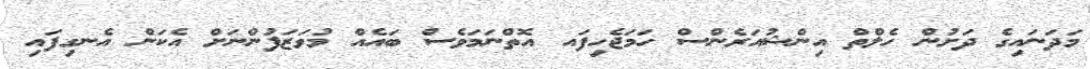
މަދަނައިގެ ދަށުން ހެލްތް އިންޝުއަރެންސް ހަމަޖެހިފައ އޮތްނަމަވެސް ބައެއް މުވަޒަފުންނަށް އެކަން އެނގިފައި